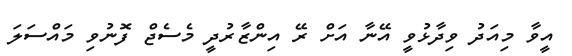
އީވާ މިއަދު ވިދާޅުވީ އޭނާ އަށް ރޭ އިންޒާރުދީ މެސެޖް ފޮނުވި މައްސަލަ